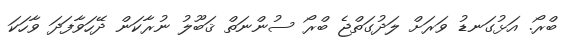
ބްރޯ. އަޅުގަނޑު ވަރަށް ލަދުގަތްޖެ ބްރޯ ސުންނަތް ޤަބޫލު ނުރާކަން ދޭހަވާފަދަ ވާހަކަ